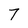
Character: 7